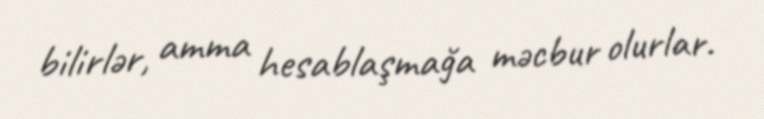
bilirlər, amma hesablaşmağa məcbur olurlar.